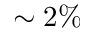
\sim 2 \%